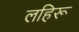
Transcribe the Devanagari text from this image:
लहिरू